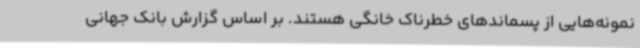
نمونه‌هایی از پسماندهای خطرناک خانگی هستند. بر اساس گزارش بانک جهانی